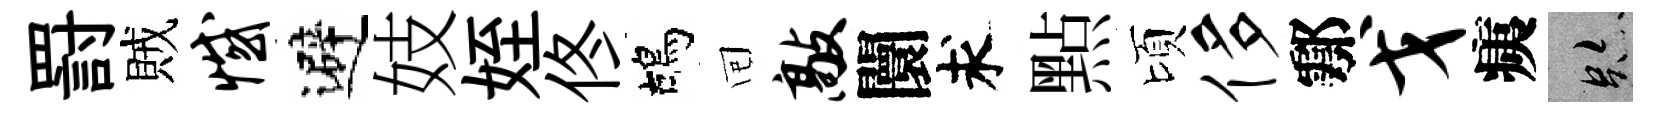
罸賊憾避妓姪佟鴣囘敲闤求㸃頃侈鄠戈痍跡